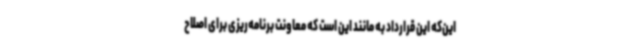
این‌که این قرارداد به مانند این است که معاونت برنامه‌ریزی برای اصلاح